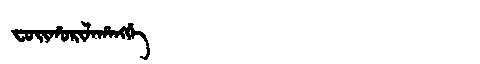
Manchu: ᠸᠣᡳᡥᠣᡵᡳᠯᠠᡥᠠᠩᡤᡝ
Romanization: FOIHORILAHANGGE